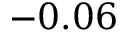
- 0 . 0 6